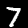
Label: 7